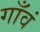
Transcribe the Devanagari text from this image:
गाँवं